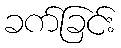
ခက်ခြင်း